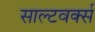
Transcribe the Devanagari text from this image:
साल्टवर्क्स